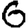
Digit: 6